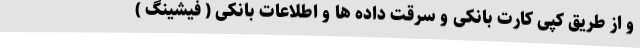
و از طریق کپی کارت بانکی و سرقت داده ها و اطلاعات بانکی ( فیشینگ )